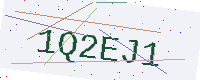
Text: 1Q2EJ1